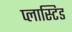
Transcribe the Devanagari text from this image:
प्लास्टिड